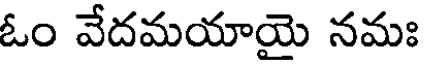
ఓం వేదమయాయై నమః